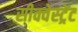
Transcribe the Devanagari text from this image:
सीक्वेस्ट्रेंट